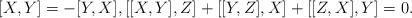
LaTeX: \begin{align*}\lbrack X,Y]=-[Y,X],[[X,Y],Z]+[[Y,Z],X]+[[Z,X],Y]=0.\end{align*}